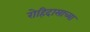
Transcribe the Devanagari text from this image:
रोहिदासाच्या